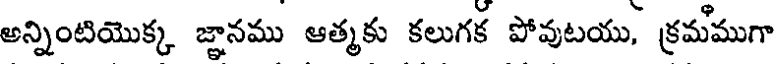
అన్నింటియొక్క జ్ఞానము ఆత్మకు కలుగక పోవుటయు, క్రమముగా